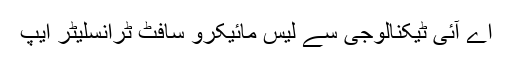
اے آئی ٹیکنالوجی سے لیس مائیکرو سافٹ ٹرانسلیٹر ایپ